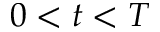
0 < t < T